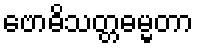
ဗောဓိသတ္တဓမ္မတာ